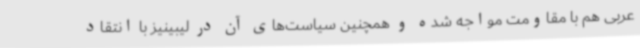
عربی هم با مقاومت مواجه شده و همچنین سیاست‌های آن در لیبینیز با انتقاد